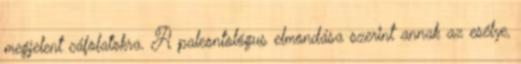
megjelent cáfolatokra. A paleontológus elmondása szerint annak az esélye,